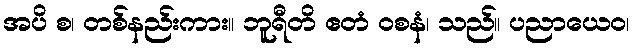
အပိ စ၊ တစ်နည်းကား။ ဘူရီတိ ဧတံ ဝစနံ၊ သည်။ ပညာယေဝ၊